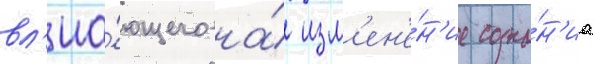
вл'иа́ющего на́ изм'ен'е́н'ие созна́н'иа